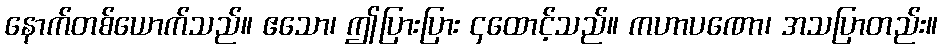
နောက်တစ်ယောက်သည်။ ဧသော၊ ဤပြားပြား ၄ထောင့်သည်။ ကဟာပဏော၊ အသပြာတည်း။